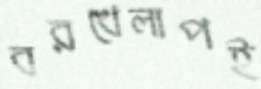
বরখেলাপই